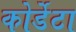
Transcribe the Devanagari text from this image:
कोर्डेटा